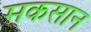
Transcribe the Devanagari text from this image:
मकसान